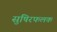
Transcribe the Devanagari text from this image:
सुषिरफलक